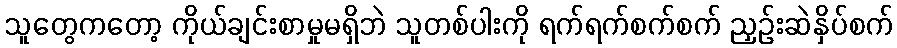
သူတွေကတော့ ကိုယ်ချင်းစာမှုမရှိဘဲ သူတစ်ပါးကို ရက်ရက်စက်စက် ညှဉ်းဆဲနှိပ်စက်